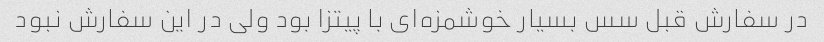
در سفارش قبل سس بسیار خوشمزه‌ای با پیتزا بود ولی در این سفارش نبود